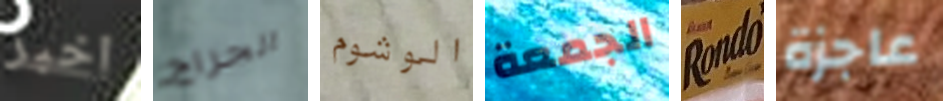
اخبر الجراج الوشوم الجمعة Rondo عاجزة